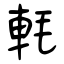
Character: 軞